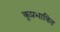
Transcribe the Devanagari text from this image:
कुप्रभावित